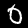
Digit: 0